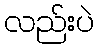
လည်းပဲ